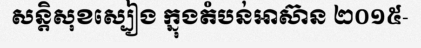
សន្តិសុខស្បៀង ក្នុងតំបន់អាស៊ាន ២០១៥-